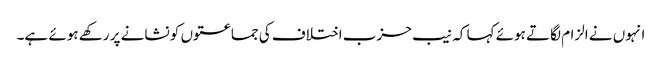
انہوں نے الزام لگاتے ہوئے کہا کہ نیب حزب اختلاف کی جماعتوں کو نشانے پر رکھے ہوئے ہے۔